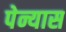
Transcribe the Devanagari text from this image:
पेन्यास